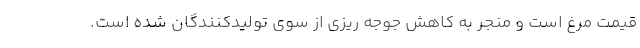
قیمت مرغ است و منجر به کاهش جوجه ریزی از سوی تولیدکنندگان شده است.